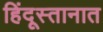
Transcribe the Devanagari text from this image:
हिंदूस्तानात